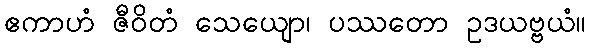
ဧကာဟံ ဇီဝိတံ သေယျော၊ ပဿတော ဥဒယဗ္ဗယံ။